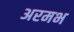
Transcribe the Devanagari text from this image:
अरमभ